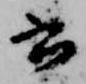
云